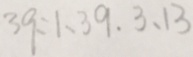
3 9 : 1 、 3 9 . 3 、 1 3